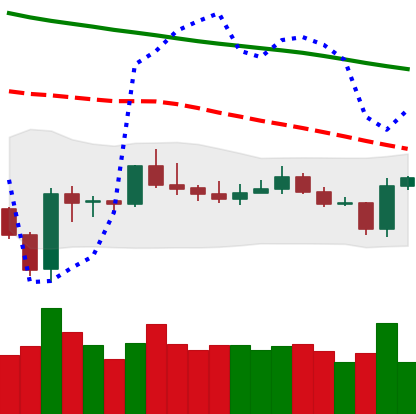
Ticker: BTC-USD
Chart end date: 2020-01-04
Forward return: 6.321%
Label: up_5_7